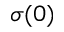
\sigma ( 0 )